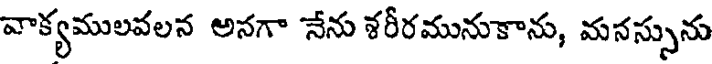
వాక్యములవలన అనగా నేను శరీరమునుకాను, మనస్సును